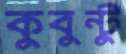
কুবুন্টু